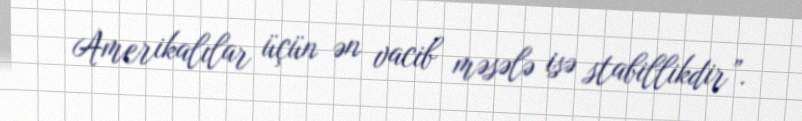
Amerikalılar üçün ən vacib məsələ isə stabillikdir”.